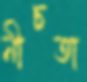
নীচতা